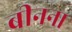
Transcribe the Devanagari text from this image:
बीनना